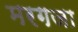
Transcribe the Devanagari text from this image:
मरगजा